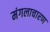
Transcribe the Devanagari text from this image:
मंगलाचारण